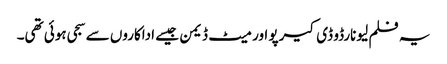
یہ فلم لیونارڈو ڈی کیرپو اور میٹ ڈیمن جیسے اداکاروں سے سجی ہوئی تھی۔